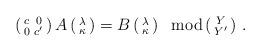
LaTeX: \begin{align*}\left( \begin{smallmatrix} c & 0 \\ 0 & c' \end{smallmatrix} \right) A \left( \begin{smallmatrix} \lambda \\ \kappa \end{smallmatrix} \right)= B \left( \begin{smallmatrix} \lambda \\ \kappa \end{smallmatrix} \right)\ \ {\rm mod} \left( \begin{smallmatrix} Y \\ Y' \end{smallmatrix} \right)\,.\end{align*}